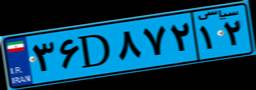
۲۵D۶۰۶۷۰